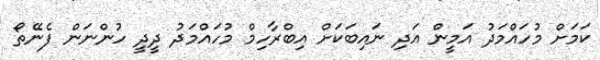
ކަމަށް މުހައްމަދު އަމީން އަދި ނައިބަކަށް އިބްރާހިމް މުހައްމަދު ދީދީ ހުންނަން ފެނޭތޯ